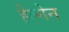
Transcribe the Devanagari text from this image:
हेल्गेन